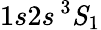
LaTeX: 1s2s\, {\mathrm{}}^{3}{\mathit{S}}_{1}